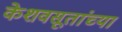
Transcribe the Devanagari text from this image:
केशवसूतांच्या